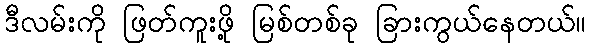
ဒီလမ်းကို ဖြတ်ကူးဖို့ မြစ်တစ်ခု ခြားကွယ်နေတယ်။